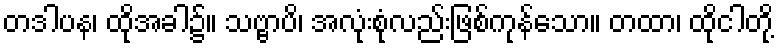
တဒါပန၊ ထိုအခါ၌။ သဗ္ဗာပိ၊ အလုံးစုံလည်းဖြစ်ကုန်သော။ တထာ၊ ထိုငါတို့